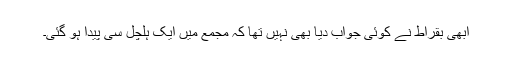
ابھی بقراط نے کوئی جواب دیا بھی نہیں تھا کہ مجمع میں ایک ہلچل سی پیدا ہو گئی۔